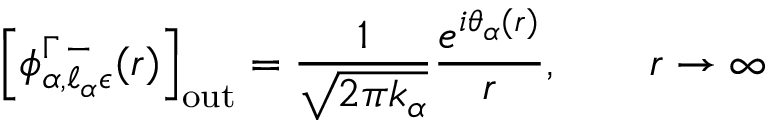
\left[ \phi _ { \alpha , \ell _ { \alpha } \epsilon } ^ { \Gamma \, - } ( r ) \right] _ { \mathrm { o u t } } = \frac { 1 } { \sqrt { 2 \pi k _ { \alpha } } } \frac { e ^ { i \theta _ { \alpha } ( r ) } } { r } , \qquad r \to \infty